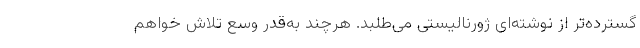
گسترده‌تر از نوشته‌ای ژورنالیستی می‌طلبد. هرچند به‌قدر وُسع تلاش خواهم